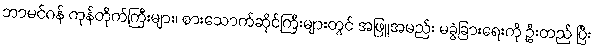
ဘာမင်ဂန် ကုန်တိုက်ကြီးများ၊ စားသောက်ဆိုင်ကြီးများတွင် အဖြူအမည်း မခွဲခြားရေးကို ဦးတည် ပြီး